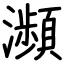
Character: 瀕